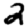
Digit: 2